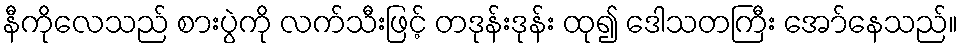
နီကိုလေသည် စားပွဲကို လက်သီးဖြင့် တဒုန်းဒုန်း ထု၍ ဒေါသတကြီး အော်နေသည်။